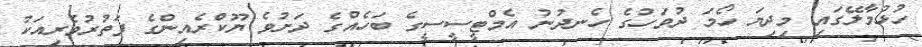
ހުޅުމާލޭގައި މިދިޔަ ހޯމަ ދުވަހުގެ ހެނދުނު އެމްޓީސީސީގެ ބަހެއްގެ ދަށުވެ ޔޫކްރެއިންގެ ފަތުރުވެރިއަކު